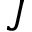
J